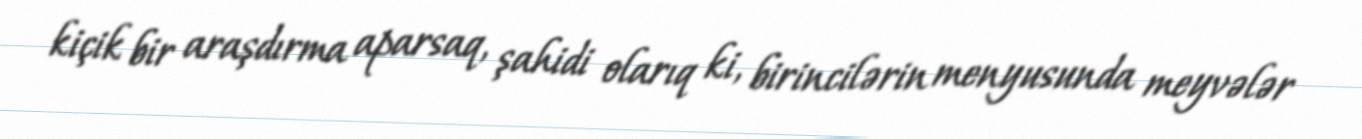
kiçik bir araşdırma aparsaq, şahidi olarıq ki, birincilərin menyusunda meyvələr